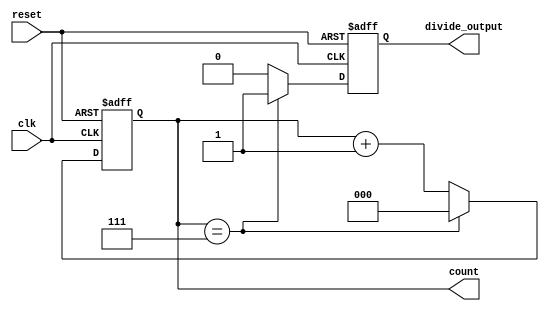
module divide_by_n_counter #(
    parameter N = 8  // Parameter to specify the divide factor
)(
    input wire clk,          // Clock input
    input wire reset,        // Asynchronous reset
    output reg [clog2(N)-1:0] count,  // Current count value
    output reg divide_output  // Output signal that goes high when count reaches N
);

// Internal signal to hold the next count value
reg [clog2(N)-1:0] next_count;

// Function to calculate the ceiling of log2(N)
function integer clog2;
    input integer value;
    begin
        value = value - 1;
        for (clog2 = 0; value > 0; clog2 = clog2 + 1)
            value = value >> 1;
    end
endfunction

// Sequential logic for the counter
always @(posedge clk or posedge reset) begin
    if (reset) begin
        count <= 0;           // Reset the counter to 0
        divide_output <= 0;   // Reset the output signal
    end else begin
        if (count == (N - 1)) begin
            count <= 0;       // Reset the counter when it reaches N
            divide_output <= 1; // Set divide_output high
        end else begin
            count <= count + 1; // Increment the counter
            divide_output <= 0;   // Set divide_output low
        end
    end
end

endmodule